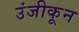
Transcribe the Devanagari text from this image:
उंजीकून